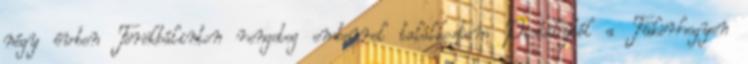
négy évben Törökbálinton rengeteg emberrel találkoztam Pistálytól a Tükörhegyen